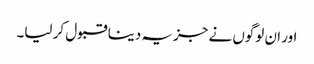
اور ان لوگوں نے جزیہ دینا قبول کر لیا۔